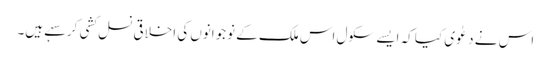
اس نے دعٰوی کیا کہ ایسے سکول اس ملک کے نوجوانوں کی اخلاقی نسل کشی کر سہے ہیں۔